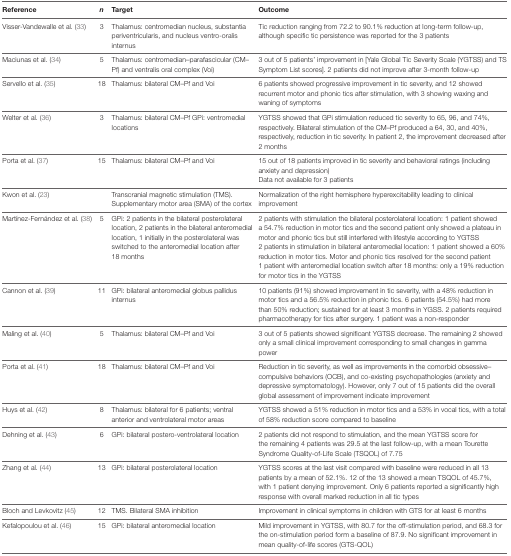
<table><thead><tr><td><b>Reference</b></td><td><b><i>n</i></b></td><td><b>Target</b></td><td><b>Outcome</b></td></tr></thead><tbody><tr><td>Visser-Vandewalle et al. (33)</td><td>3</td><td>Thalamus: centromedian nucleus, substantia periventricularis, and nucleus ventro-oralis internus</td><td>Tic reduction ranging from 72.2 to 90.1% reduction at long-term follow-up, although specific tic persistence was reported for the 3 patients</td></tr><tr><td>Maciunas et al. (34)</td><td>5</td><td>Thalamus: centromedian–parafascicular (CM–Pf) and ventralis oral complex (Voi)</td><td>3 out of 5 patients’ improvement in [Yale Global Tic Severity Scale (YGTSS) and TS Symptom List scores]. 2 patients did not improve after 3-month follow-up</td></tr><tr><td>Servello et al. (35)</td><td>18</td><td>Thalamus: bilateral CM–Pf and Voi</td><td>6 patients showed progressive improvement in tic severity, and 12 showed recurrent motor and phonic tics after stimulation, with 3 showing waxing and waning of symptoms</td></tr><tr><td>Welter et al. (36)</td><td>3</td><td>Thalamus: bilateral CM–Pf GPi: ventromedial locations</td><td>YGTSS showed that GPi stimulation reduced tic severity to 65, 96, and 74%, respectively. Bilateral stimulation of the CM–Pf produced a 64, 30, and 40%, respectively, reduction in tic severity. In patient 2, the improvement decreased after 2 months</td></tr><tr><td>Porta et al. (37)</td><td>15</td><td>Thalamus: bilateral CM–Pf and Voi</td><td>15 out of 18 patients improved in tic severity and behavioral ratings (including anxiety and depression)Data not available for 3 patients</td></tr><tr><td>Kwon et al. (23)</td><td></td><td>Transcranial magnetic stimulation (TMS). Supplementary motor area (SMA) of the cortex</td><td>Normalization of the right hemisphere hyperexcitability leading to clinical improvement</td></tr><tr><td>Martínez-Fernández et al. (38)</td><td>5</td><td>GPi: 2 patients in the bilateral posterolateral location, 2 patients in the bilateral anteromedial location, 1 initially in the posterolateral was switched to the anteromedial location after 18 months</td><td>2 patients with stimulation the bilateral posterolateral location: 1 patient showed a 54.7% reduction in motor tics and the second patient only showed a plateau in motor and phonic tics but still interfered with lifestyle according to YGTSS2 patients in stimulation in bilateral anteromedial location: 1 patient showed a 60% reduction in motor tics. Motor and phonic tics resolved for the second patient1 patient with anteromedial location switch after 18 months: only a 19% reduction for motor tics in the YGTSS</td></tr><tr><td>Cannon et al. (39)</td><td>11</td><td>GPi: bilateral anteromedial globus pallidus internus</td><td>10 patients (91%) showed improvement in tic severity, with a 48% reduction in motor tics and a 56.5% reduction in phonic tics. 6 patients (54.5%) had more than 50% reduction; sustained for at least 3 months in YGSS. 2 patients required pharmacotherapy for tics after surgery. 1 patient was a non-responder</td></tr><tr><td>Maling et al. (40)</td><td>5</td><td>Thalamus: bilateral CM–Pf and Voi</td><td>3 out of 5 patients showed significant YGTSS decrease. The remaining 2 showed only a small clinical improvement corresponding to small changes in gamma power</td></tr><tr><td>Porta et al. (41)</td><td>18</td><td>Thalamus: bilateral CM–Pf and Voi</td><td>Reduction in tic severity, as well as improvements in the comorbid obsessive–compulsive behaviors (OCB), and co-existing psychopathologies (anxiety and depressive symptomatology). However, only 7 out of 15 patients did the overall global assessment of improvement indicate improvement</td></tr><tr><td>Huys et al. (42)</td><td>8</td><td>Thalamus: bilateral for 6 patients; ventral anterior and ventrolateral motor areas</td><td>YGTSS showed a 51% reduction in motor tics and a 53% in vocal tics, with a total of 58% reduction score compared to baseline</td></tr><tr><td>Dehning et al. (43)</td><td>6</td><td>GPi: bilateral postero-ventrolateral location</td><td>2 patients did not respond to stimulation, and the mean YGTSS score for the remaining 4 patients was 29.5 at the last follow-up, with a mean Tourette Syndrome Quality-of-Life Scale (TSQOL) of 7.75</td></tr><tr><td>Zhang et al. (44)</td><td>13</td><td>GPi: bilateral posterolateral location</td><td>YGTSS scores at the last visit compared with baseline were reduced in all 13 patients by a mean of 52.1%. 12 of the 13 showed a mean TSQOL of 45.7%, with 1 patient denying improvement. Only 6 patients reported a significantly high response with overall marked reduction in all tic types</td></tr><tr><td>Bloch and Levkovitz (45)</td><td>12</td><td>TMS. Bilateral SMA inhibition</td><td>Improvement in clinical symptoms in children with GTS for at least 6 months</td></tr><tr><td>Kefalopoulou et al. (46)</td><td>15</td><td>GPi: bilateral anteromedial location</td><td>Mild improvement in YGTSS, with 80.7 for the off-stimulation period, and 68.3 for the on-stimulation period form a baseline of 87.9. No significant improvement in mean quality-of-life scores (GTS-QOL)</td></tr></tbody></table>